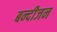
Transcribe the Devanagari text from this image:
बन्दीजन